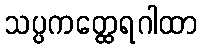
သပ္ပကတ္ထေရဂါထာ